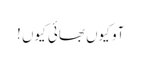
آو کیوں بھائی کیوں !